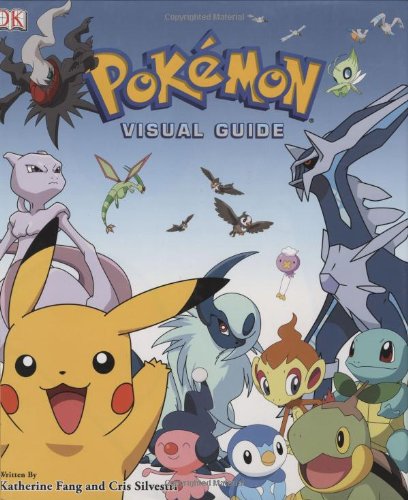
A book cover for Pokemon Visual Guide; Katherine Fang; Computers & Technology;